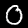
Digit: 0